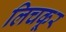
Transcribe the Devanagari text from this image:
लिचकूर